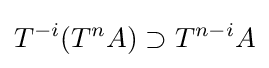
T^{-i}(T^{n}A)\supset T^{n-i}A